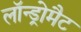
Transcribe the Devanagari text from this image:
लॉन्ड्रोमैट